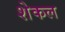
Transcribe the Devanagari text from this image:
शेकल